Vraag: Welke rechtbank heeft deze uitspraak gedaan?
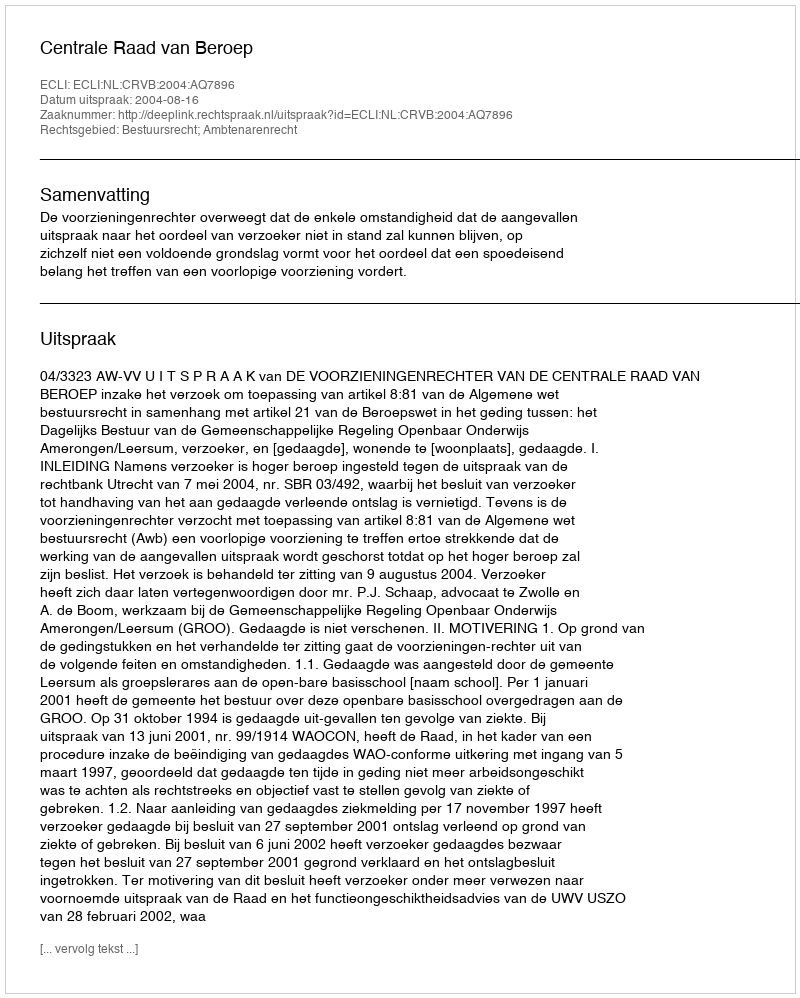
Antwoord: Centrale Raad van Beroep